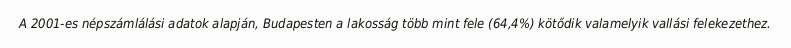
A 2001-es népszámlálási adatok alapján, Budapesten a lakosság több mint fele (64,4%) kötődik valamelyik vallási felekezethez.